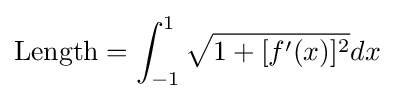
{\text{Length}}=\int _{-1}^{1}{\sqrt {1+[f'(x)]^{2}}}dx